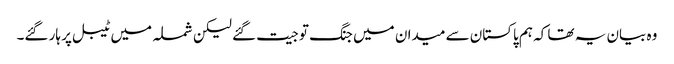
وہ بیان یہ تھا کہ ہم پاکستان سے میدان میں جنگ تو جیت گئے لیکن شملہ میں ٹیبل پر ہار گئے۔